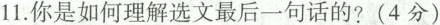
11.你是如何理解选文最后一句话的?(4分)